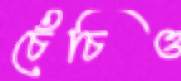
চেঁচিও